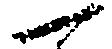
一